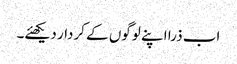
اب ذرا اپنے لوگوں کے کردار دیکھئے۔